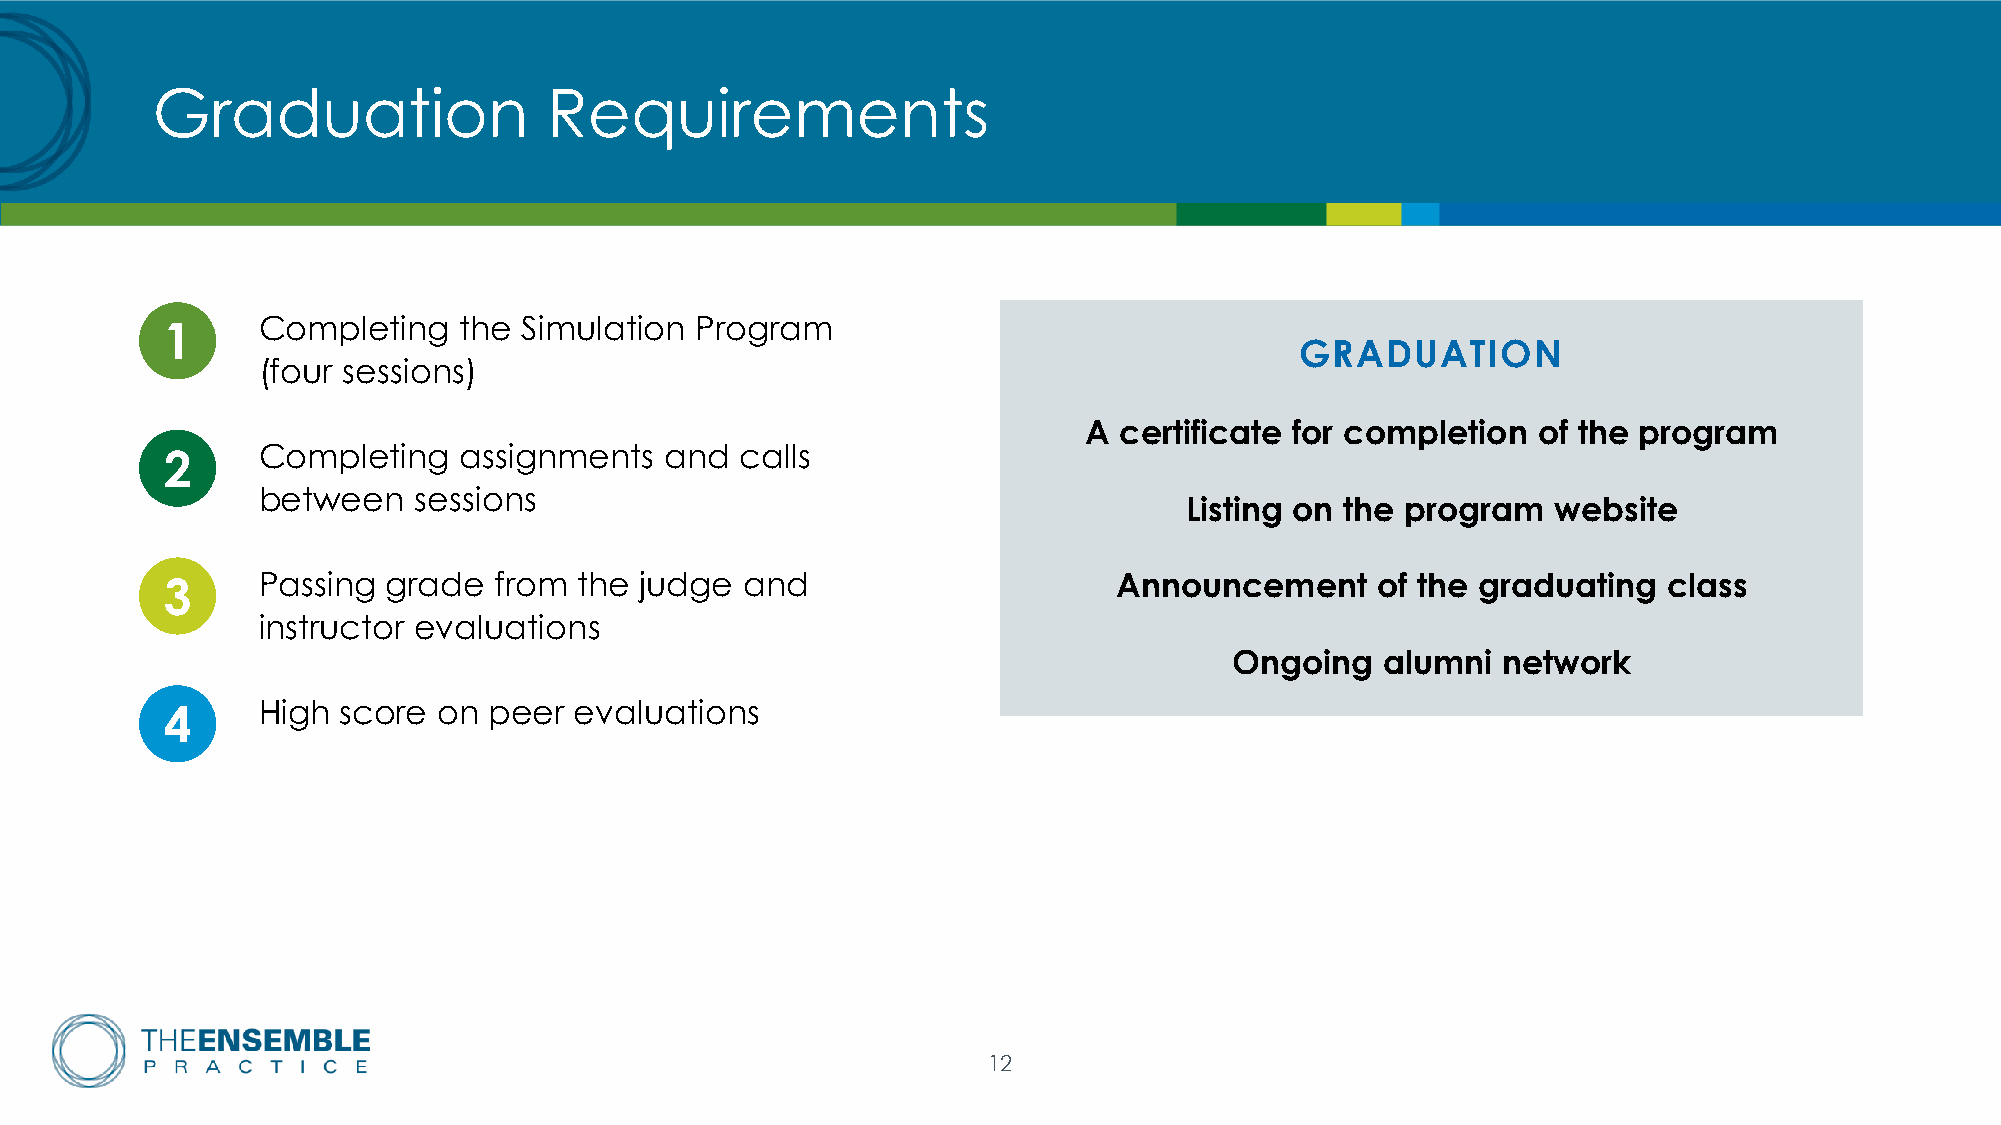
Graduation                Requirements
 Completing   the  Simulation Program
 1
 GRADUATION
 (four sessions)
 A certificate for completion  of the program
 Completing   assignments   and  calls
 2
 between   sessions
 Listing on the program   website
 3     Passing  grade  from the judge  and                      Announcement     of the graduating  class
 instructor evaluations
 Ongoing   alumni network
 High score  on peer  evaluations
 4
 12